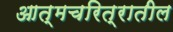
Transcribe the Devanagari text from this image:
आत्मचरित्रातील